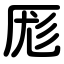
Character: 厖